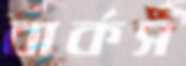
বার্কস